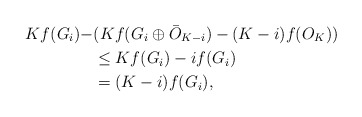
\begin{align*}Kf(G_i)-&(Kf(G_i\oplus \bar{O}_{K-i})-(K-i)f(O_K))\\&\leq Kf(G_i)- if(G_i)\\&=(K-i)f(G_i),\end{align*}